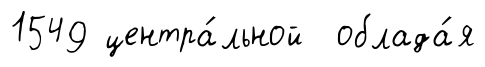
1549 центра́льной облада́я